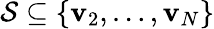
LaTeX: {\cal S}\subseteq\{ \mathbf{v}_{2},\ldots,\mathbf{v}_{N}\}